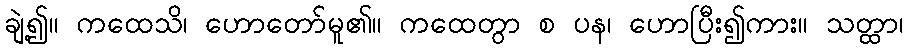
ချဲ့၍။ ကထေသိ၊ ဟောတော်မူ၏။ ကထေတွာ စ ပန၊ ဟောပြီး၍ကား။ သတ္ထာ၊